Sanitation, dispensaries and jails vaccination Rajputana 1922-1927 - 1922-1927
Year: 1922
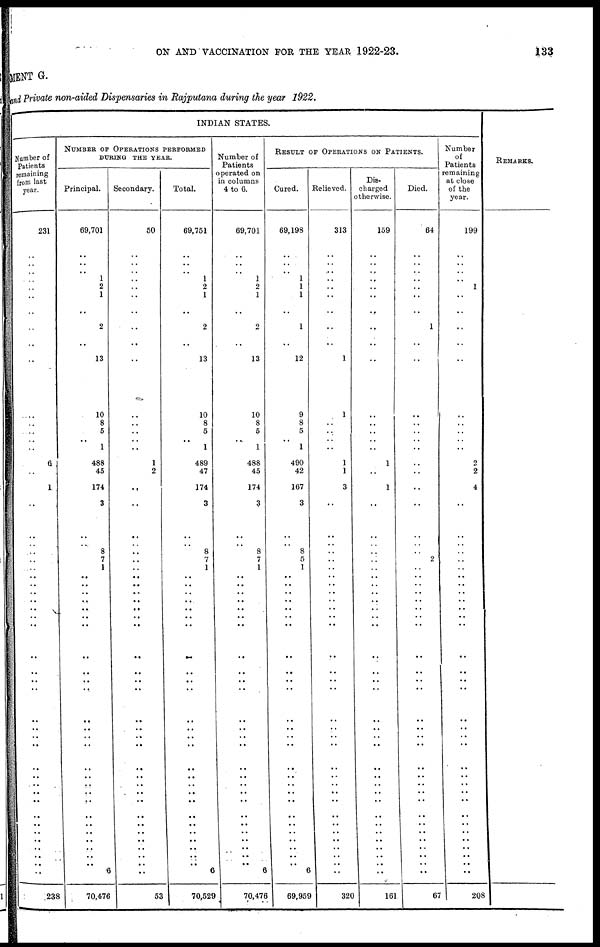
ON AND VACCINATION FOR THE YEAR 1922-23.
133
MENT G.
and Private non-aided Dispensaries in Rajputana during the year 1922.
INDIAN STATES.
Number of
Patients
remaining
from last
year.
231
..
..
..
..
..
..
..
..
..
..
..
..
..
..
..
..
6
..
1
..
..
..
..
..
..
.. ..
..
..
..
..
..
..
..
..
..
..
..
..
..
..
..
..
..
..
..
..
..
..
..
..
..
..
238
NUMBER OF OPERATIONS PERFORMED
DURING THE YEAR.
Principal.
69,701
..
..
..
1
2
1
..
2
..
..
13
10
8
5
..
1
488
45
174
3
..
.. 8
7
1
..
..
..
..
..
..
..
..
..
..
..
..
..
..
..
..
..
..
..
..
..
..
..
..
..
..
..
..
70,476
Secondary.
50
..
..
..
..
..
..
..
..
..
..
..
..
..
..
..
..
1
2
..
..
..
..
..
..
..
..
..
..
..
..
..
..
...
..
..
..
..
..
..
..
..
..
..
..
..
..
..
..
..
..
..
..
..
53
Total.
69,751
..
..
..
1
2
1
..
2
..
..
13
10
8
5
..
1
489
47
174
3
..
..
8
7
1
..
..
..
..
..
..
..
..
..
..
..
..
..
..
..
..
..
..
..
..
..
..
..
..
..
..
..
..
70,529
Number of
Patients
operated on
in columns
4 to 6.
69,701
..
..
..
1
2
1
..
2
..
..
13
10
8
5
..
1
488
45
174
3
..
..
8
7
1
..
..
..
..
..
..
..
..
..
..
..
..
..
..
..
..
..
..
..
..
..
..
..
..
..
..
..
..
1
70,478
RESULT OF OPERATIONS ON PATIENTS.
Cured.
69,198
..
..
..
1
1
1
..
1
..
..
12
9
8
5
..
1
490
42
167
3
..
..
8
5
1
..
..
..
..
..
..
..
..
..
..
..
..
..
..
..
..
..
..
..
..
..
..
..
..
..
..
..
6
69,959
Relieved.
313
..
..
..
..
..
..
..
..
..
..
1
1
..
..
..
..
1
1
3
..
..
.. ..
..
..
..
..
..
..
.. ..
..
..
..
..
..
..
..
..
..
..
..
..
..
..
..
..
..
..
.. ..
..
..
320
Dis-
charged
otherwise.
159
..
..
..
..
..
..
..
..
..
..
..
..
..
.. ..
..
1
..
1
..
..
..
..
..
..
..
..
..
..
.. ..
..
..
..
..
..
..
..
..
..
..
..
..
..
..
..
..
..
..
.. ..
..
..
161
Died.
64
..
..
..
..
..
..
..
1
..
..
..
..
..
..
..
..
..
..
..
..
..
..
..
2
..
..
..
..
..
..
..
..
..
..
.. ..
..
..
..
..
..
..
..
..
..
..
..
..
..
..
..
..
..
67
Number
of
Patients
remaining
at close
of the
year.
199
..
..
..
..
1
..
..
..
..
..
..
..
..
..
..
..
2
2
4
..
..
..
..
..
..
..
..
..
..
..
..
..
..
..
..
..
..
..
..
..
..
..
..
..
..
..
..
..
..
..
..
..
..
1
208
REMARKS.